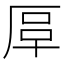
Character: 𠩰